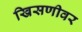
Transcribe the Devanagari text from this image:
खिसणीवर